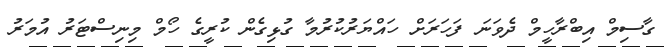
ގާސިމް އިބްރާހީމް ދެވަނަ ފަހަރަށް ހައްޔަރުކުރުމާ ގުޅިގެން ކުރީގެ ހޯމް މިނިސްޓަރު އުމަރު